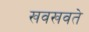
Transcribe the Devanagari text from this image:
खवखवते